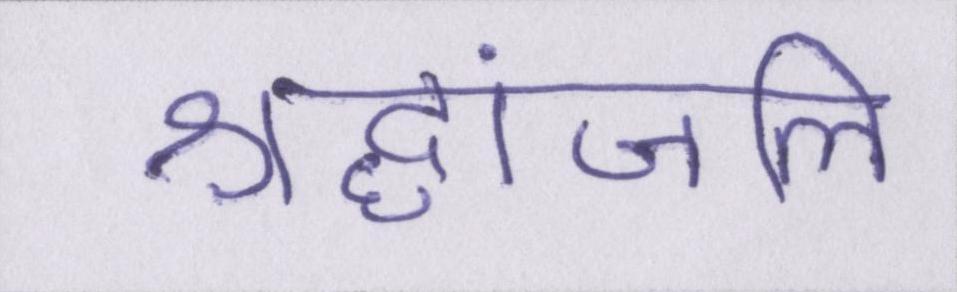
श्रद्धांजलि